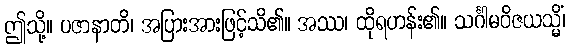
ဤသို့။ ပဇာနာတိ၊ အပြားအားဖြင့်သိ၏။ အဿ၊ ထိုရဟန်း၏။ သင်္ဂါမဝိဇယသ္မိံ၊